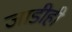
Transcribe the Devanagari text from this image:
जाडीही